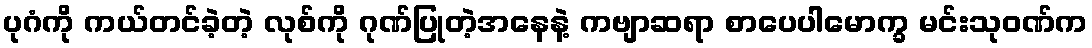
ပုဂံကို ကယ်တင်ခဲ့တဲ့ လုစ်ကို ဂုဏ်ပြုတဲ့အနေနဲ့ ကဗျာဆရာ စာပေပါမောက္ခ မင်းသုဝဏ်က